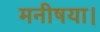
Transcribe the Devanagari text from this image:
मनीषया।